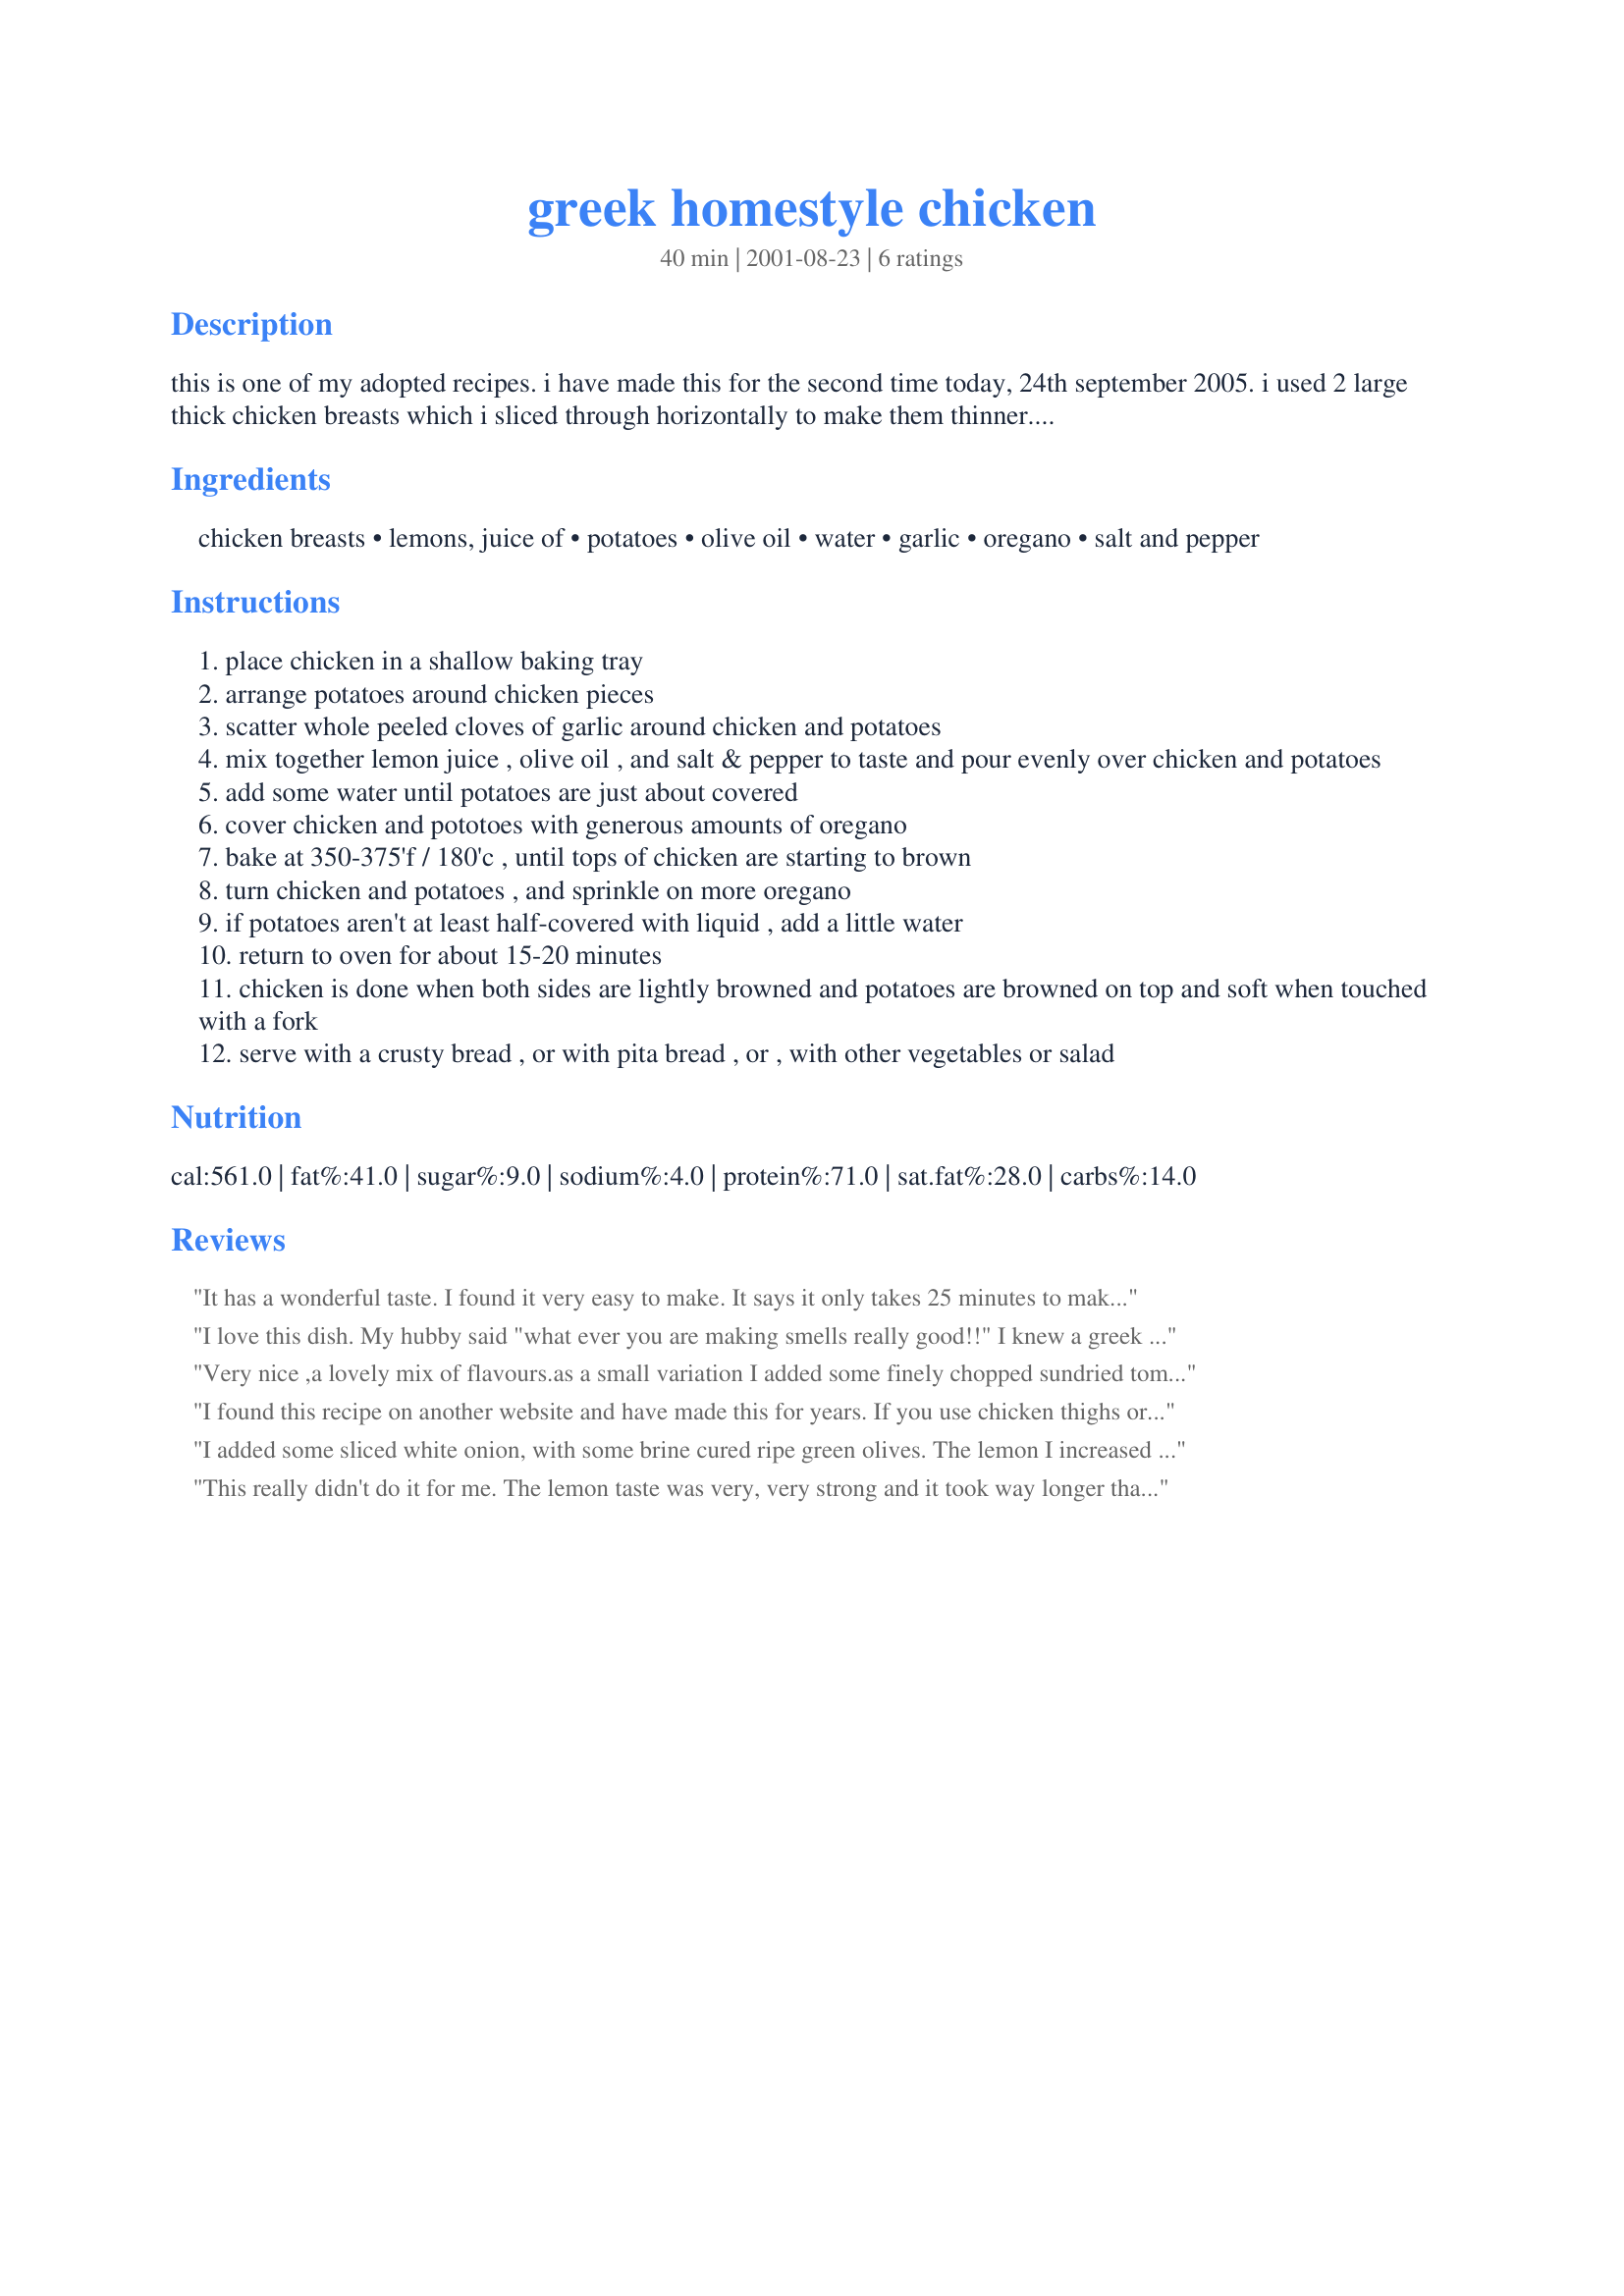
greek homestyle chicken
Preparation time: 40 minutes

this is one of my adopted recipes.
i have made this for the second time today, 24th september 2005.
i used 2 large thick chicken breasts which i sliced through horizontally to make them thinner. the potatoes i cut into thin wedges. i found the secret to this dish is to use a shallow baking dish (mine was about 1/2" deep). the first time i made this i used a dish which was too deep!!!
in the original recipe it said to use 1/2 cup olive oil......i have changed this to 1/4 cup and feel this is better. the original recipe also said to serve with crusty bread or pita bread, however i served with steamed broccoli and carrots with a cheese sauce. thanks to the original poster for sharing this recipe.

Ingredients:
chicken breasts, lemons, juice of, potatoes, olive oil, water, garlic, oregano, salt and pepper

Steps:
place chicken in a shallow baking tray
arrange potatoes around chicken pieces
scatter whole peeled cloves of garlic around chicken and potatoes
mix together lemon juice , olive oil , and salt & pepper to taste and pour evenly over chicken and potatoes
add some water until potatoes are just about covered
cover chicken and pototoes with generous amounts of oregano
bake at 350-375'f / 180'c , until tops of chicken are starting to brown
turn chicken and potatoes , and sprinkle on more oregano
if potatoes aren't at least half-covered with liquid , add a little water
return to oven for about 15-20 minutes
chicken is done when both sides are lightly browned and potatoes are browned on top and soft when touched with a fork
serve with a crusty bread , or with pita bread , or , with other vegetables or salad

Reviews:
It has a wonderful taste. I found it very easy to make. It says it only takes 25 minutes to make but I found it took longer. Try adding carrtos to it, not only does it give it more colour but it taste great too. If you are going to make it for 3 people, make the 4 serving one. People will eat it right up.
I love this dish. My hubby said "what ever you are making smells really good!!" I knew a greek family that made this and I loved it then.. It's still so good!!!
Very nice ,a lovely mix of flavours.as a small variation I added some finely chopped sundried tomatos whan I added the Oregano.
I found this recipe on another website and have made this for years. If you use chicken thighs or drumsticks, you'll want to increase your cooking time. I usually cook mine for 90 minutes or less depending on the amount of chicken or if they're boneless like this recipe.
I added some sliced white onion, with some brine cured ripe green olives. The lemon I increased to 1/2 cup. Very delicious!
This really didn't do it for me. The lemon taste was very, very strong and it took way longer than 20 minutes to cook. We couldn't eat much of it because it was like eating a lemon.
